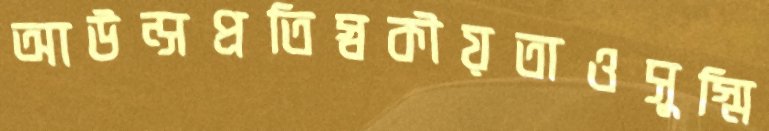
আউন্সপ্রতিস্বকীয়তাওসুস্মি